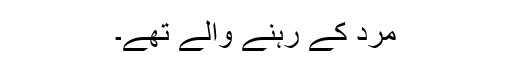
مرد کے رہنے والے تھے۔